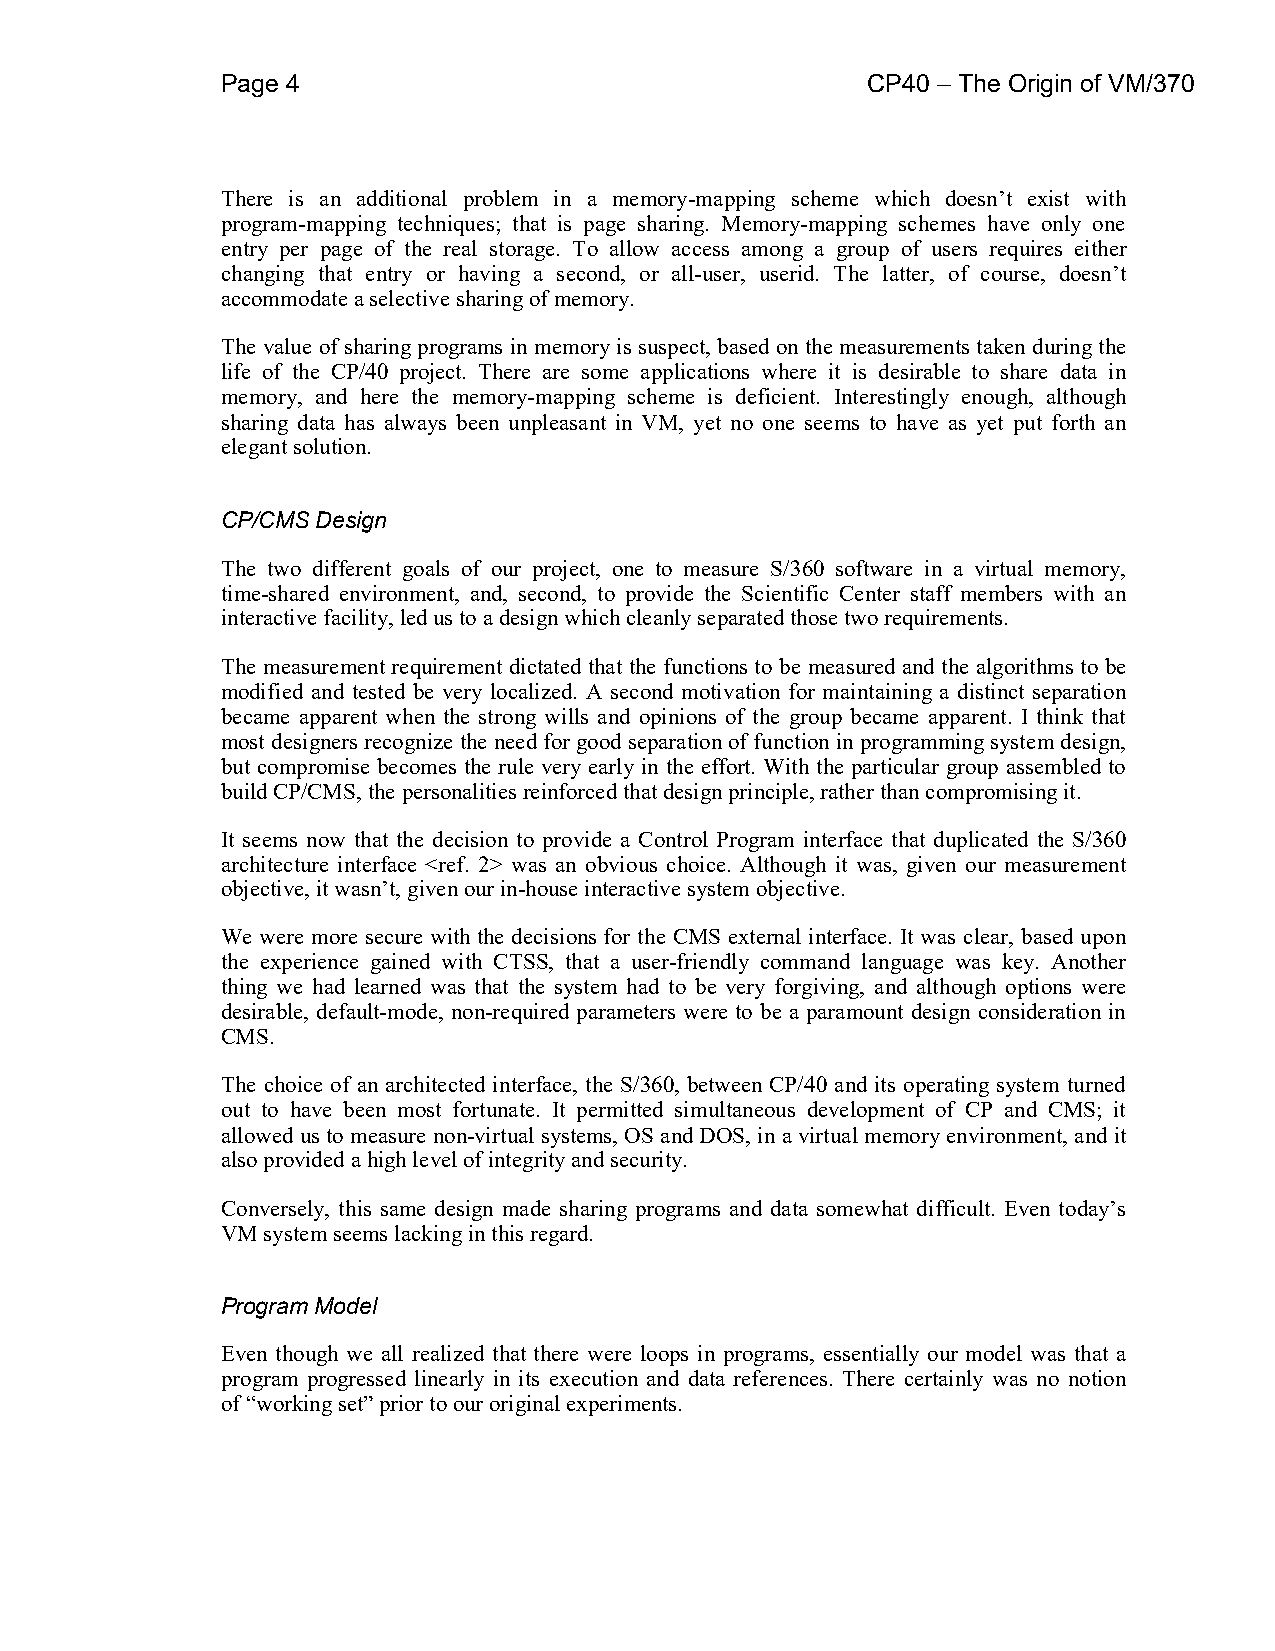
Page 4                                    CP40 – The Origin of VM/370
 There is an additional problem in a memory-mapping scheme which doesn’t exist with
 program-mapping techniques; that is page sharing. Memory-mapping schemes have only one
 entry per page of the real storage. To allow access among a group of users requires either
 changing that entry or having a second, or all-user, userid. The latter, of course, doesn’t
 accommodate a selective sharing of memory.
 The value of sharing programs in memory is suspect, based on the measurements taken during the
 life of the CP/40 project. There are some applications where it is desirable to share data in
 memory, and here the memory-mapping scheme is deficient. Interestingly enough, although
 sharing data has always been unpleasant in VM, yet no one seems to have as yet put forth an
 elegant solution.
 CP/CMS Design
 The two different goals of our project, one to measure S/360 software in a virtual memory,
 time-shared environment, and, second, to provide the Scientific Center staff members with an
 interactive facility, led us to a design which cleanly separated those two requirements.
 The measurement requirement dictated that the functions to be measured and the algorithms to be
 modified and tested be very localized. A second motivation for maintaining a distinct separation
 became apparent when the strong wills and opinions of the group became apparent. I think that
 most designers recognize the need for good separation of function in programming system design,
 but compromise becomes the rule very early in the effort. With the particular group assembled to
 build CP/CMS, the personalities reinforced that design principle, rather than compromising it.
 It seems now that the decision to provide a Control Program interface that duplicated the S/360
 architecture interface <ref. 2> was an obvious choice. Although it was, given our measurement
 objective, it wasn’t, given our in-house interactive system objective.
 We were more secure with the decisions for the CMS external interface. It was clear, based upon
 the experience gained with CTSS, that a user-friendly command language was key. Another
 thing we had learned was that the system had to be very forgiving, and although options were
 desirable, default-mode, non-required parameters were to be a paramount design consideration in
 CMS.
 The choice of an architected interface, the S/360, between CP/40 and its operating system turned
 out to have been most fortunate. It permitted simultaneous development of CP and CMS; it
 allowed us to measure non-virtual systems, OS and DOS, in a virtual memory environment, and it
 also provided a high level of integrity and security.
 Conversely, this same design made sharing programs and data somewhat difficult. Even today’s
 VM system seems lacking in this regard.
 Program Model
 Even though we all realized that there were loops in programs, essentially our model was that a
 program progressed linearly in its execution and data references. There certainly was no notion
 of “working set” prior to our original experiments.